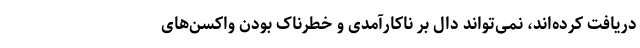
دریافت کرده‌اند، نمی‌تواند دال بر ناکارآمدی و خطرناک بودن واکسن‌های